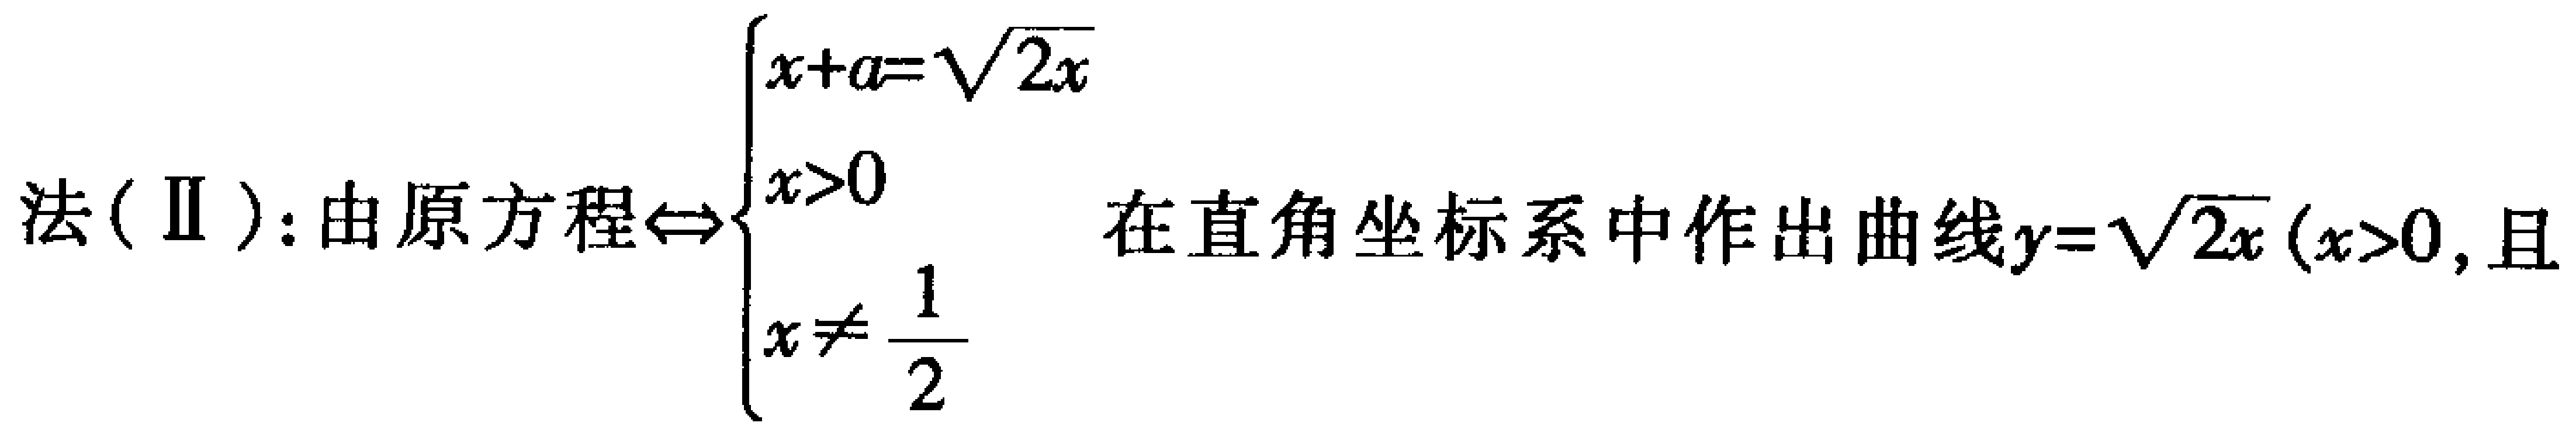
\[

\begin{align*}

&= 25201\times 2\\

&= 50402 \text{（棵）}

\end{align*}

\]